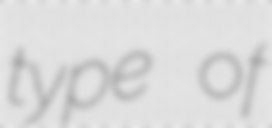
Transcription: type of